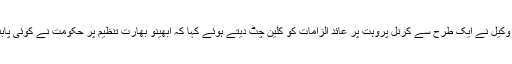
تب این آئی اے کے وکیل نے ایک طرح سے کرنل پروہت پر عائد الزامات کو کلین چٹ دیتے ہوئے کہا کہ ابھینو بھارت تنظیم پر حکومت نے کوئی پابندی نہیں لگائی ہے۔